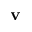
\mathbf { v }